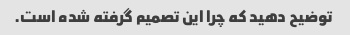
توضیح دهید که چرا این تصمیم گرفته شده است.